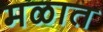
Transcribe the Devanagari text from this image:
मळात